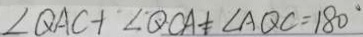
\angle Q A C + \angle Q O A \neq \angle A Q C = 1 8 0 ^ { \circ }